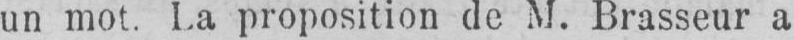
un mot. La proposition de M. Brasseur a